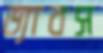
ড্যাবস